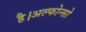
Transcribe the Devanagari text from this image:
है।अल्फोन्सो